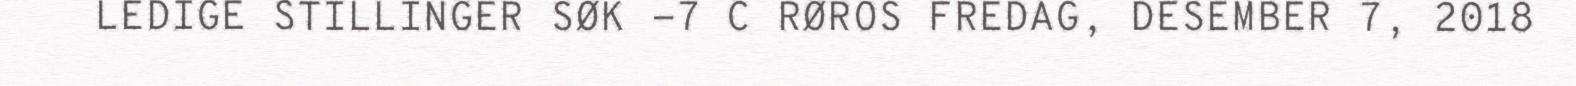
LEDIGE STILLINGER SØK -7 C RØROS FREDAG, DESEMBER 7, 2018